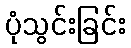
ပုံသွင်းခြင်း